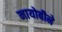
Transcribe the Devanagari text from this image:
नायोबीने